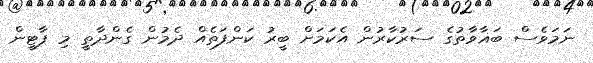
ނަމަވެސް ބަޣާވާތުގެ ސަރުކާރުން އެކަމަށް ބީރު ކަންފަތެއް ދެމުން ގެންދާތީ މި ޕާޓީން